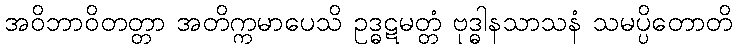
အဝိဘာဝိတတ္တာ အတိက္ကမာပေသိ ဥဒ္ဓဋမတ္တံ ဗုဒ္ဓါနသာသနံ သမပ္ပိတောတိ